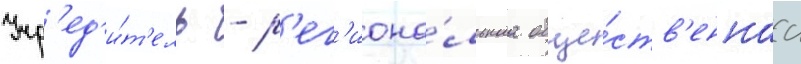
Учр'ед'и́т'ель - р'ег'иона́льнаа обще́ств'еннаа